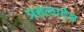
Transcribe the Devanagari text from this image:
प्रहलादेश